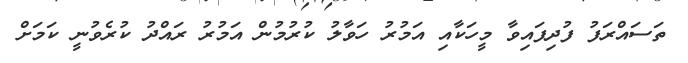
ތަސައްރަފު ފުދިފައިވާ މީހަކާއި އަމުރު ހަވާލު ކުރުމުން އަމުރު ރައްދު ކުރެވުނީ ކަމަށް